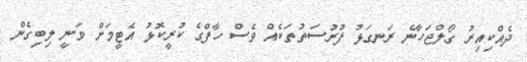
ދެއްކިއިރު ގޯލްޖަހާނެ ރަނގަޅު ފުރުސަތުތަކެއް ވެސް ހާފްގެ ކުރީކޮޅު އެޓީމަށް ވަނީ ލިބިގެން